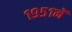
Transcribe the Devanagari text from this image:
१९५१में